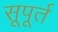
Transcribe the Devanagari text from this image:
सूपूर्त